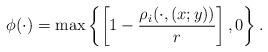
LaTeX: \begin{align*} \phi(\cdot)=\max\left\{\left[1-\frac{\rho_i(\cdot,(x;y))}{r}\right],0\right\}. \end{align*}